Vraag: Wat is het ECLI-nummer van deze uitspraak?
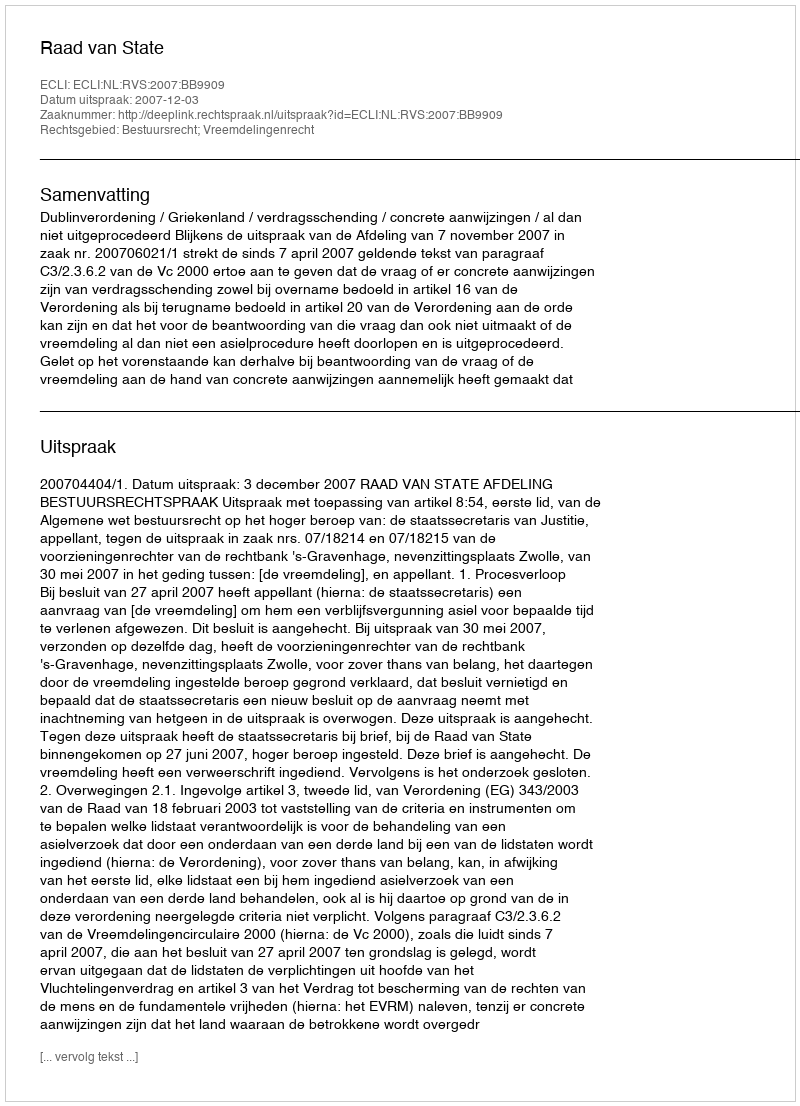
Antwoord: ECLI:NL:RVS:2007:BB9909